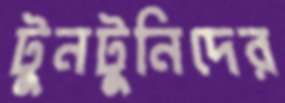
টুনটুনিদের